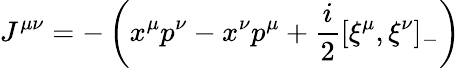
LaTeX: J^{\mu\nu}=-\left(x^{\mu}p^{\nu}-x^{\nu}p^{\mu}+\frac{i}{2}[\xi^{\mu},\xi^{\nu}]_{-}\right)